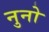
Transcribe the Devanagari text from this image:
नुनो